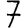
Digit: 7